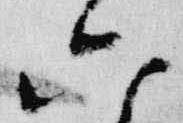
六